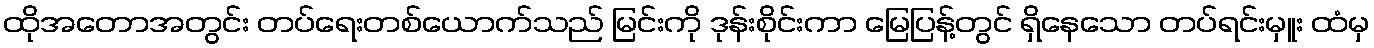
ထိုအတောအတွင်း တပ်ရေးတစ်ယောက်သည် မြင်းကို ဒုန်းစိုင်းကာ မြေပြန့်တွင် ရှိနေသော တပ်ရင်းမှူး ထံမှ